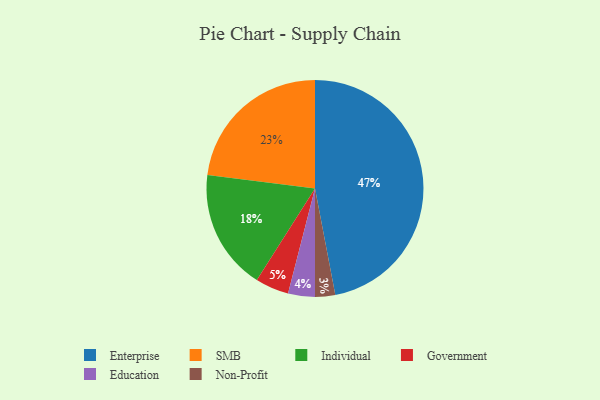
{"axis": {"x": "Category", "y": "Percentage"}, "legend": ["Education", "Enterprise", "Government", "Individual", "Non-Profit", "SMB"], "data": [{"x": "Enterprise", "y": 47, "type": "Enterprise"}, {"x": "Government", "y": 5, "type": "Government"}, {"x": "Education", "y": 4, "type": "Education"}, {"x": "Non-Profit", "y": 3, "type": "Non-Profit"}, {"x": "SMB", "y": 23, "type": "SMB"}, {"x": "Individual", "y": 18, "type": "Individual"}]}